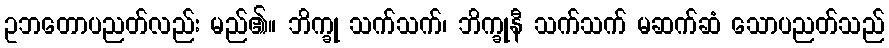
ဥဘတောပညတ်လည်း မည်၏။ ဘိက္ခု သက်သက်၊ ဘိက္ခုနီ သက်သက် မဆက်ဆံ သောပညတ်သည်